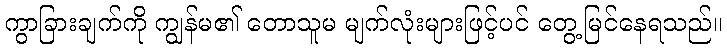
ကွာခြားချက်ကို ကျွန်မ၏ တောသူမ မျက်လုံးများဖြင့်ပင် တွေ့မြင်နေရသည်။